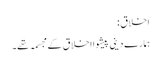
اخلاق :
ہمارے دینی پیشوا اخلاق کے مجسمہ تھے۔